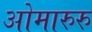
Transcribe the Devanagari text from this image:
ओमारुरु